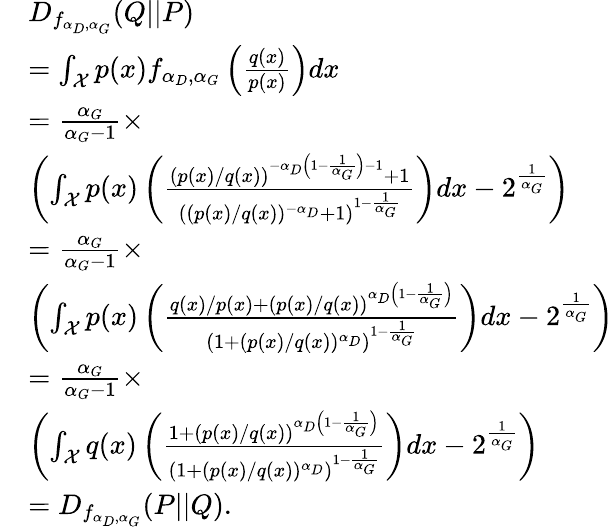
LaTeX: \begin{array}{rl}&{D_{f_{\alpha_{D},\alpha_{G}}}(Q||P)}\\ &{=\int_{\mathcal{X}}p(x)f_{\alpha_{D},\alpha_{G}}\left(\frac{q(x)}{p(x)}\right)dx}\\ &{=\frac{\alpha_{G}}{\alpha_{G}-1}\times}\\ &{\left(\int_{\mathcal{X}}p(x)\left(\frac{(p(x)/q(x))^{-{\alpha_{D}\left(1-\frac{1}{\alpha_{G}}\right)}-1}+1}{((p(x)/q(x))^{-\alpha_{D}}+1)^{1-\frac{1}{\alpha_{G}}}}\right)dx-2^{\frac{1}{\alpha_{G}}}\right)}\\ &{=\frac{\alpha_{G}}{\alpha_{G}-1}\times}\\ &{\left(\int_{\mathcal{X}}p(x)\left(\frac{q(x)/p(x)+(p(x)/q(x))^{\alpha_{D}\left(1-\frac{1}{\alpha_{G}}\right)}}{(1+(p(x)/q(x))^{\alpha_{D}})^{1-\frac{1}{\alpha_{G}}}}\right)dx-2^{\frac{1}{\alpha_{G}}}\right)}\\ &{=\frac{\alpha_{G}}{\alpha_{G}-1}\times}\\ &{\left(\int_{\mathcal{X}}q(x)\left(\frac{1+(p(x)/q(x))^{\alpha_{D}\left(1-\frac{1}{\alpha_{G}}\right)}}{(1+(p(x)/q(x))^{\alpha_{D}})^{1-\frac{1}{\alpha_{G}}}}\right)dx-2^{\frac{1}{\alpha_{G}}}\right)}\\ &{=D_{f_{\alpha_{D},\alpha_{G}}}(P||Q).}\end{array}